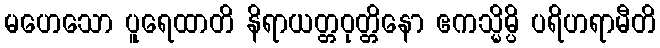
မဟေသော ပူရေထာတိ နိရာယတ္တဝုတ္တိနော ဧကသ္မိမ္ပိ ပရိဟရာမီတိ